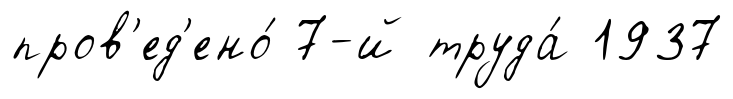
пров'ед'ено́ 7-й труда́ 1937